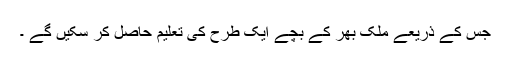
جس کے ذریعے ملک بھر کے بچے ایک طرح کی تعلیم حاصل کر سکیں گے ۔